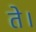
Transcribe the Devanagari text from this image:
ते।